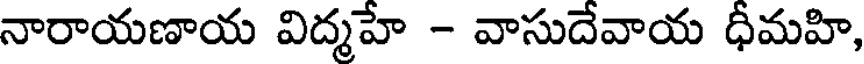
నారాయణాయ విద్మహే - వాసుదేవాయ ధీమహి,